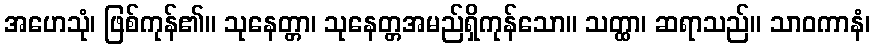
အဟေသုံ၊ ဖြစ်ကုန်၏။ သုနေတ္တာ၊ သုနေတ္တအမည်ရှိကုန်သော။ သတ္ထာ၊ ဆရာသည်။ သာဝကာနံ၊